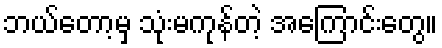
ဘယ်တော့မှ သုံးမကုန်တဲ့ အကြောင်းတွေ။